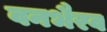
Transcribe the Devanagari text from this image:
वनभैरव